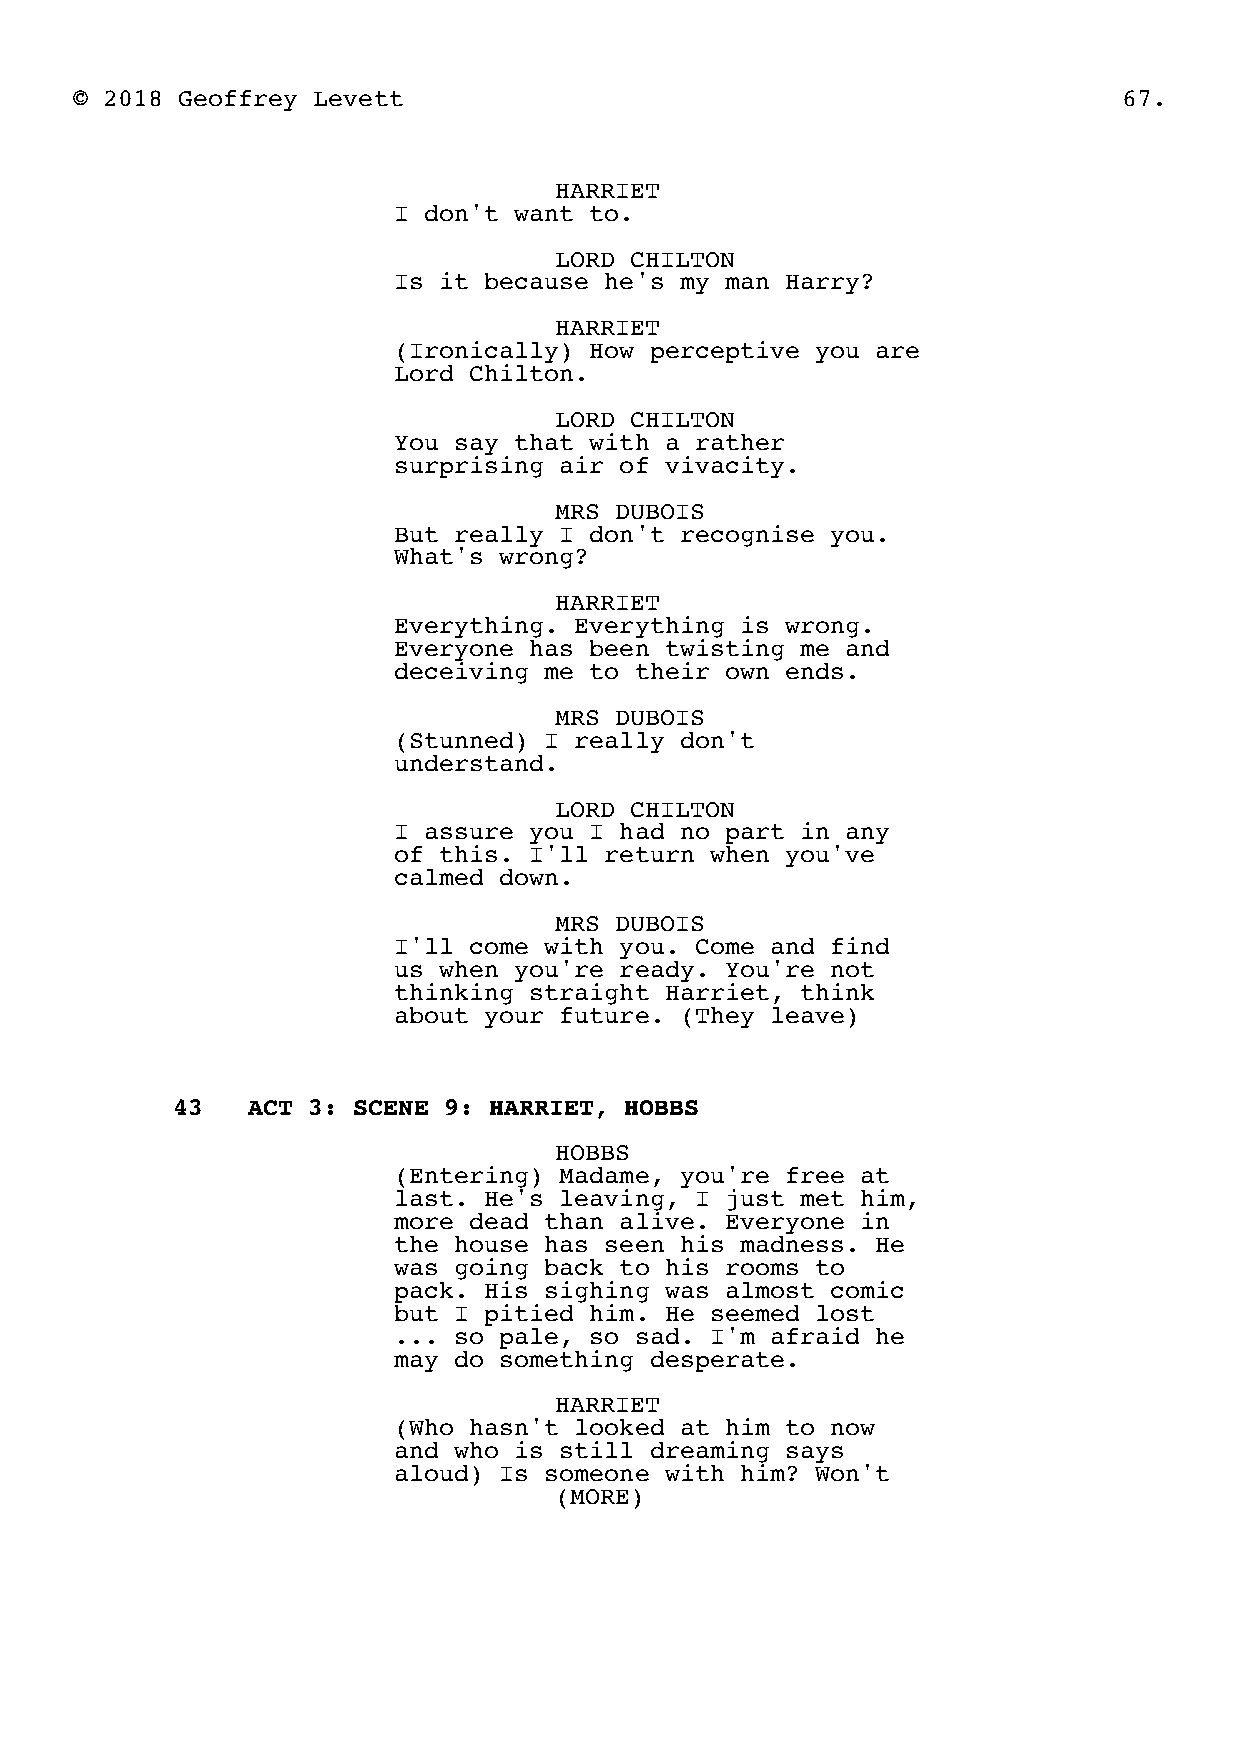
© 2018 Geoffrey Levett                                               67.
 HARRIET
 I don't want to.
 LORD CHILTON
 Is it because he's my man Harry?
 HARRIET
 (Ironically) How perceptive you are
 Lord Chilton.
 LORD CHILTON
 You say that with a rather
 surprising air of vivacity.
 MRS DUBOIS
 But really I don't recognise you.
 What's wrong?
 HARRIET
 Everything. Everything is wrong.
 Everyone has been twisting me and
 deceiving me to their own ends.
 MRS DUBOIS
 (Stunned) I really don't
 understand.
 LORD CHILTON
 I assure you I had no part in any
 of this. I'll return when you've
 calmed down.
 MRS DUBOIS
 I'll come with you. Come and find
 us when you're ready. You're not
 thinking straight Harriet, think
 about your future. (They leave)
 43   ACT 3: SCENE 9: HARRIET, HOBBS
 HOBBS
 (Entering) Madame, you're free at
 last. He's leaving, I just met him,
 more dead than alive. Everyone in
 the house has seen his madness. He
 was going back to his rooms to
 pack. His sighing was almost comic
 but I pitied him. He seemed lost
 ... so pale, so sad. I'm afraid he
 may do something desperate.
 HARRIET
 (Who hasn't looked at him to now
 and who is still dreaming says
 aloud) Is someone with him? Won't
 (MORE)